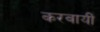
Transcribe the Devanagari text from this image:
करवायीं